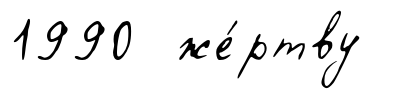
1990 же́ртву